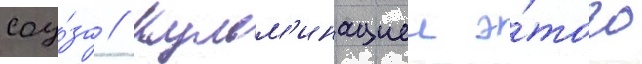
соу́за // Кульм'инациеи э́того